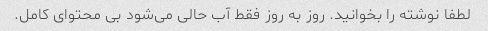
لطفا نوشته را بخوانید. روز به روز فقط آب حالی می‌شود بی محتوای کامل.